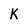
Character: K